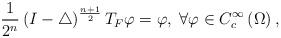
LaTeX: \begin{align*}\frac{1}{2^{n}}\left(I-\triangle\right)^{\frac{n+1}{2}}T_{F}\varphi=\varphi,\;\forall\varphi\in C_{c}^{\infty}\left(\Omega\right),\end{align*}